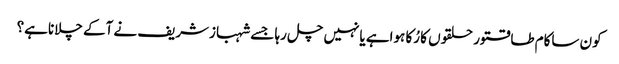
کون ساکام طاقتور حلقوں کا رُکا ہواہے یانہیں چل رہا جسے شہبازشریف نے آکے چلاناہے؟